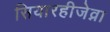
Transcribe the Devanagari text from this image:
सियारहीजेव्ना